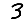
Digit: 3